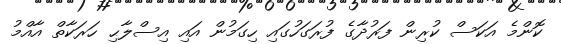
ކޮންމެ އަކަސް ކުރިން ފަރުދާގެ ފުރަގަހުގައި ހިގަމުން އައި އިސްލާޙި ހަރަކާތް އާއްމު